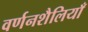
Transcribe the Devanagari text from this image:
वर्णनशैलियाँ